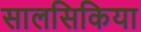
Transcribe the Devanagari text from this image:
सालसिकिया